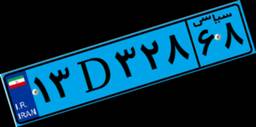
۱۳D۳۲۸۶۸